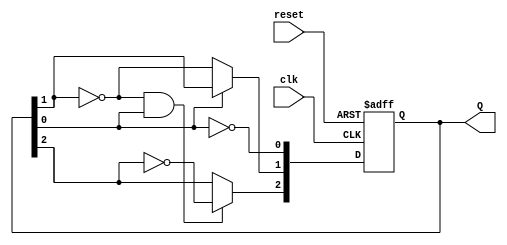
module ripple_counter (
    input wire clk,        // Clock input
    input wire reset,      // Asynchronous reset
    output reg [2:0] Q     // 3-bit output
);

// T flip-flop behavior
always @(posedge clk or posedge reset) begin
    if (reset) begin
        Q <= 3'b000;      // Reset the counter to 0
    end else begin
        // Toggle the first flip-flop on every clock pulse
        Q[0] <= ~Q[0];
        // Toggle the second flip-flop on the falling edge of the first flip-flop
        if (Q[0] == 1'b0) begin
            Q[1] <= ~Q[1];
        end
        // Toggle the third flip-flop on the falling edge of the second flip-flop
        if (Q[1] == 1'b0 && Q[0] == 1'b1) begin
            Q[2] <= ~Q[2];
        end
    end
end

endmodule